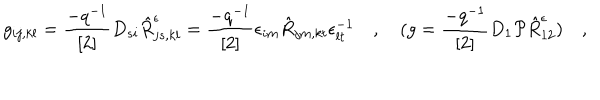
LaTeX: g _ { i j , k l } = \frac { - q ^ { - 1 } } { \left[ 2 \right] } D _ { s i } \hat { R } _ { j s , k l } ^ { \epsilon } = \frac { - q ^ { - 1 } } { \left[ 2 \right] } \epsilon _ { i m } \hat { R } _ { j m , k t } \epsilon _ { l t } ^ { - 1 } \quad , \quad ( g = \frac { - q ^ { - 1 } } { \left[ 2 \right] } D _ { 1 } { \cal P } \hat { R } _ { 1 2 } ^ { \epsilon } ) \quad ,